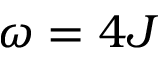
\omega = 4 J